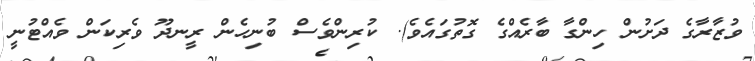
ވުޒާރާގެ ދަށުން ހިންގާ ބާރެއްގެ ގޮތުގައެވެ). ކުރިންވެސް ބުނިހެން ރީނދޫ ވެރިކަން ވެއްޓުނީ